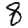
Digit: 8